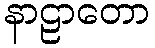
နာဠာတော